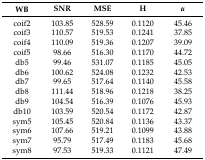
<table><thead><tr><td><b>WB</b></td><td><b>SNR</b></td><td><b>MSE</b></td><td><b>H</b></td><td><b><i>α</i></b></td></tr></thead><tbody><tr><td>coif2</td><td>103.85</td><td>528.59</td><td>0.1120</td><td>45.46</td></tr><tr><td>coif3</td><td>110.57</td><td>519.53</td><td>0.1241</td><td>37.85</td></tr><tr><td>coif4</td><td>110.09</td><td>519.36</td><td>0.1207</td><td>39.09</td></tr><tr><td>coif5</td><td>98.66</td><td>516.30</td><td>0.1170</td><td>44.72</td></tr><tr><td>db5</td><td>99.46</td><td>531.07</td><td>0.1185</td><td>45.05</td></tr><tr><td>db6</td><td>100.62</td><td>524.08</td><td>0.1232</td><td>42.53</td></tr><tr><td>db7</td><td>99.65</td><td>517.64</td><td>0.1140</td><td>45.58</td></tr><tr><td>db8</td><td>111.44</td><td>518.96</td><td>0.1218</td><td>38.25</td></tr><tr><td>db9</td><td>104.54</td><td>516.39</td><td>0.1076</td><td>45.93</td></tr><tr><td>db10</td><td>103.59</td><td>520.54</td><td>0.1172</td><td>42.87</td></tr><tr><td>sym5</td><td>105.45</td><td>520.84</td><td>0.1136</td><td>43.37</td></tr><tr><td>sym6</td><td>107.66</td><td>519.21</td><td>0.1099</td><td>43.88</td></tr><tr><td>sym7</td><td>95.79</td><td>517.49</td><td>0.1183</td><td>45.68</td></tr><tr><td>sym8</td><td>97.53</td><td>519.33</td><td>0.1121</td><td>47.49</td></tr></tbody></table>